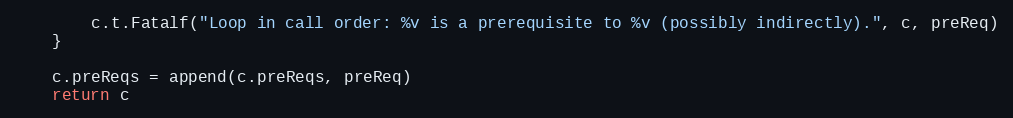
Language: Go
		c.t.Fatalf("Loop in call order: %v is a prerequisite to %v (possibly indirectly).", c, preReq)
	}

	c.preReqs = append(c.preReqs, preReq)
	return c